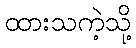
ထားသကဲ့သို့